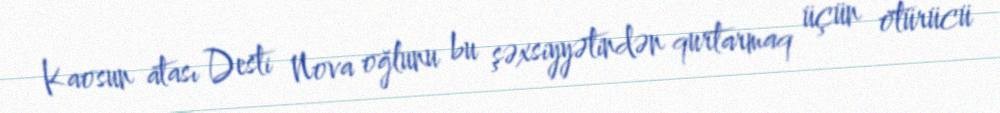
Kaosun atası Desti Nova oğlunu bu şəxsiyyətindən qurtarmaq üçün ötürücü